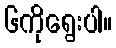
၆ကိုရွေးပါ။